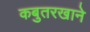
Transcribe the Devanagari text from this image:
कबुतरखाने